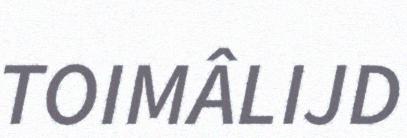
TOIMÂLIJD